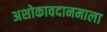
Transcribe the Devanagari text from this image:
अशोकावदानमाला